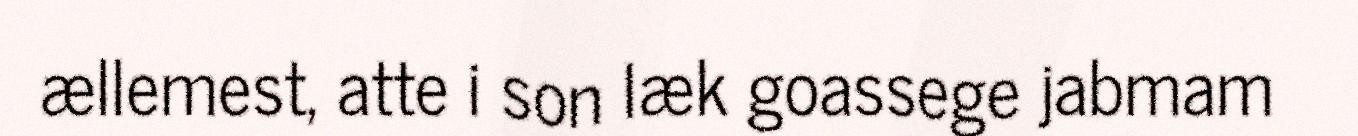
ællemest, atte i son læk goassege jabmam